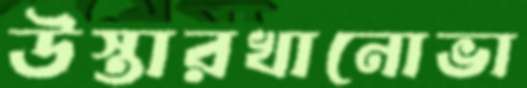
উস্তারখানোভা